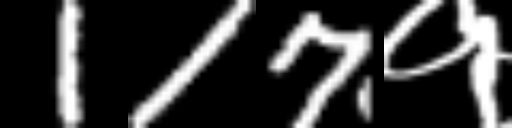
Text: 117१